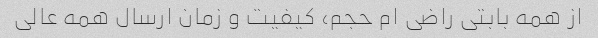
از همه بابتی راضی ام حجم، کیفیت و زمان ارسال همه عالی